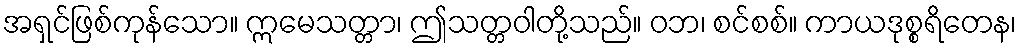
အရှင်ဖြစ်ကုန်သော။ ဣမေသတ္တာ၊ ဤသတ္တဝါတို့သည်။ ဝဘ၊ စင်စစ်။ ကာယဒုစ္စရိတေန၊